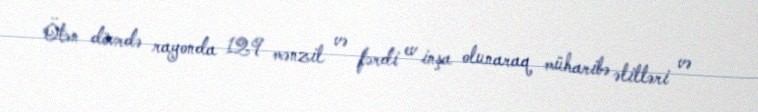
Ötən dövrdə rayonda 129 mənzil və fərdi ev inşa olunaraq müharibə əlilləri və